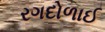
રગદોળાઈ